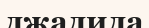
джадида